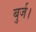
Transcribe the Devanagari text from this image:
बुर्ज।